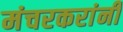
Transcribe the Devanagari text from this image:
मंचरकरांनी